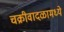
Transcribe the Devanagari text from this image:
चक्रीवादळामध्ये